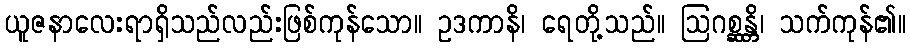
ယူဇနာလေးရာရှိသည်လည်းဖြစ်ကုန်သော။ ဥဒကာနိ၊ ရေတို့သည်။ ဩဂစ္ဆန္တိ၊ သက်ကုန်၏။